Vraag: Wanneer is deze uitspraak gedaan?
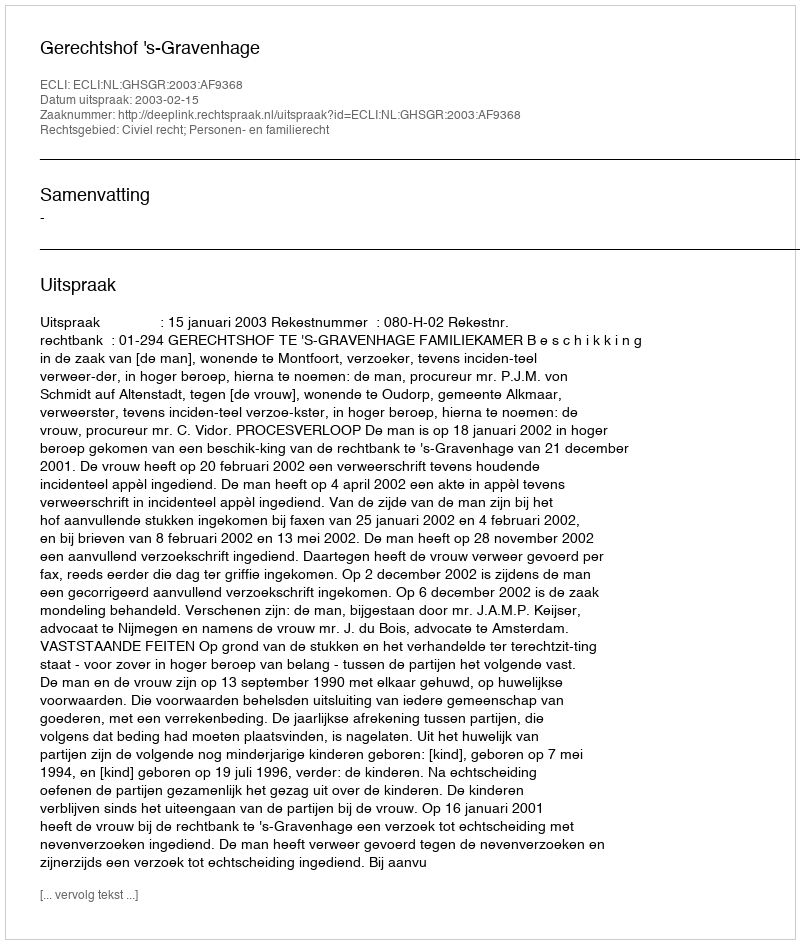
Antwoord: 2003-02-15